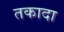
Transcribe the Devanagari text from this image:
तकादा